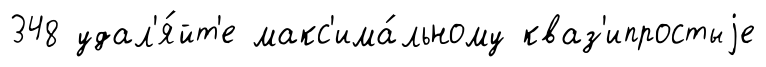
348 удал'я́йт'е макс'има́льному кваз'ипростыjе